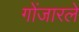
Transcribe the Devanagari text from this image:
गोंजारले